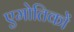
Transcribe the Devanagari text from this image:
एमोतिकों